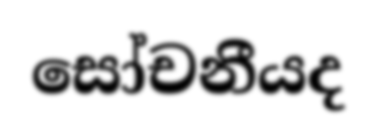
සෝචනීයද